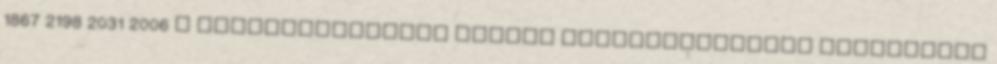
1867 2198 2031 2006 A felsőoktatásban működő szakkollégiumok támogatása